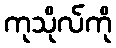
ကုသိုလ်ကို